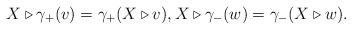
LaTeX: \begin{align*}X \triangleright \gamma_+(v) = \gamma_+(X \triangleright v),X \triangleright \gamma_-(w) = \gamma_-(X \triangleright w).\end{align*}